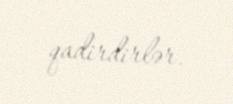
qadirdirlər.